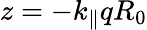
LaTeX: z=-k_{\parallel}qR_{0}